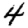
Digit: 4